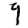
Digit: 9